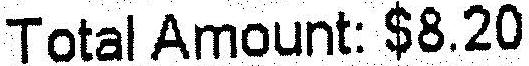
TOTAL AMOUNT: $8.20